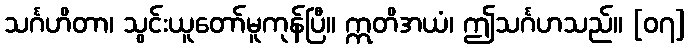
သင်္ဂဟိတာ၊ သွင်းယူတော်မူကုန်ပြီ။ ဣတိအယံ၊ ဤသင်္ဂဟသည်။ [၀၇]